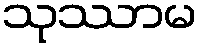
သုဿာမ